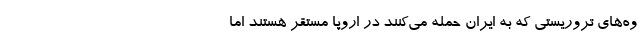
وه‌های تروریستی که به ایران حمله می‌کنند در اروپا مستقر هستند اما